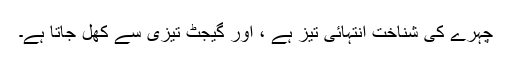
چہرے کی شناخت انتہائی تیز ہے ، اور گیجٹ تیزی سے کھل جاتا ہے۔